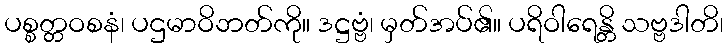
ပစ္စတ္တဝစနံ၊ ပဌမာဝိဘတ်ကို။ ဒဋ္ဌဗ္ဗံ၊ မှတ်အပ်၏။ ပရိဝါရေန္တိ သဗ္ဗဒါတိ၊